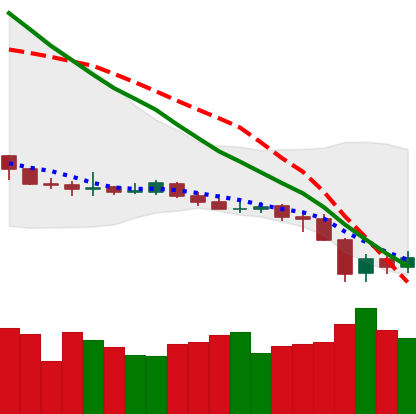
Ticker: XLM-USD
Chart end date: 2019-12-20
Forward return: -6.112%
Label: down_5_7